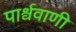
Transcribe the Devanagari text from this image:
पार्श्ववाणी